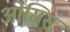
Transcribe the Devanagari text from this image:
ओसिस